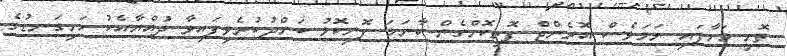
ތޮށި މަށާފައި ނަމަވެސް އޮރެންޖް ފޮތިކޮށްގެން ކާނަމަ ފޮނިކޮޅު ބަންދުކުރެވިފައިވާ ދުއްޔާއެކު ހަށިގަނޑުގެ